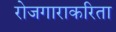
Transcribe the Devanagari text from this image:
रोजगाराकरिता